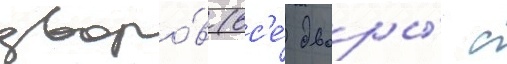
дворо́в (вс'е́ дворы́ с